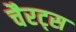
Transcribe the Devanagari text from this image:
चैरट्स